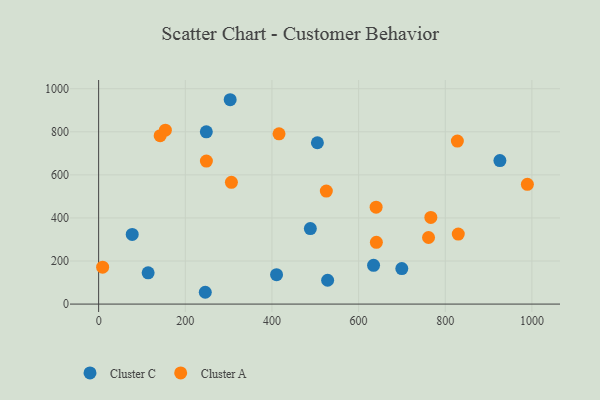
{"axis": {"x": "Study Hours", "y": "Exam Score"}, "legend": ["Cluster A", "Cluster C"], "data": [{"x": "504.9", "y": 749.2, "type": "Cluster C"}, {"x": "528.5", "y": 110.6, "type": "Cluster C"}, {"x": "246.1", "y": 54.8, "type": "Cluster C"}, {"x": "410.6", "y": 136.7, "type": "Cluster C"}, {"x": "488.6", "y": 350.7, "type": "Cluster C"}, {"x": "699.7", "y": 164.9, "type": "Cluster C"}, {"x": "248.5", "y": 799.7, "type": "Cluster C"}, {"x": "634.5", "y": 179.9, "type": "Cluster C"}, {"x": "77.5", "y": 323.4, "type": "Cluster C"}, {"x": "114.2", "y": 145.1, "type": "Cluster C"}, {"x": "303.6", "y": 949.0, "type": "Cluster C"}, {"x": "926.1", "y": 666.6, "type": "Cluster C"}, {"x": "640.4", "y": 450.0, "type": "Cluster A"}, {"x": "142.0", "y": 782.0, "type": "Cluster A"}, {"x": "306.4", "y": 565.2, "type": "Cluster A"}, {"x": "761.4", "y": 309.1, "type": "Cluster A"}, {"x": "154.0", "y": 807.6, "type": "Cluster A"}, {"x": "989.5", "y": 555.9, "type": "Cluster A"}, {"x": "9.2", "y": 171.2, "type": "Cluster A"}, {"x": "830.0", "y": 325.3, "type": "Cluster A"}, {"x": "416.3", "y": 790.7, "type": "Cluster A"}, {"x": "641.0", "y": 286.9, "type": "Cluster A"}, {"x": "766.7", "y": 402.5, "type": "Cluster A"}, {"x": "525.5", "y": 524.9, "type": "Cluster A"}, {"x": "827.9", "y": 756.9, "type": "Cluster A"}, {"x": "248.7", "y": 664.1, "type": "Cluster A"}]}